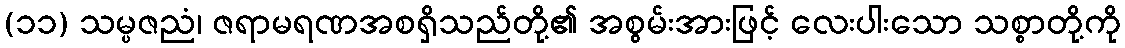
(၁၁) သမ္ပဇညံ၊ ဇရာမရဏအစရှိသည်တို့၏ အစွမ်းအားဖြင့် လေးပါးသော သစ္စာတို့ကို